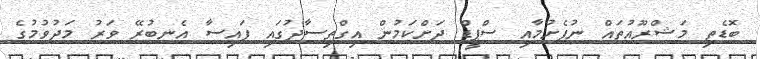
ބޮޑެތި މަޝްރޫއުތައް ނުފެށުމާއި ސްޕީޑް ދަށްކަމުން އިގްތިސާދުގައި ފައިސާ އެނބުރޭ ވަރު މަދުވުމުގެ